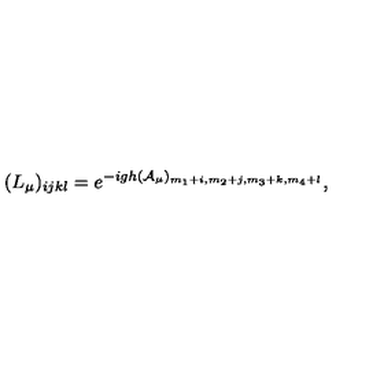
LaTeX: ( L _ { \mu } ) _ { i j k l } = e ^ { - i g h ( { \cal A } _ { \mu } ) _ { m _ { 1 } + i , m _ { 2 } + j , m _ { 3 } + k , m _ { 4 } + l } } ,